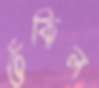
ঠেকিল